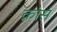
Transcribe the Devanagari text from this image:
क्रांस